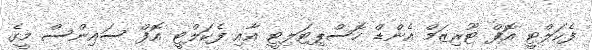
ފެކަލްޓީ އޮފް ޓޫރިޒަމް އެންޑް ހޮސްޕިޓަލިޓީ އާއި ފެކަލްޓީ އޮފް ސައިންސް މީގެ